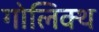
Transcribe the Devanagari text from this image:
गोलिक्थ